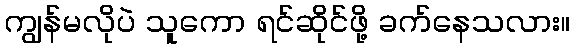
ကျွန်မလိုပဲ သူကော ရင်ဆိုင်ဖို့ ခက်နေသလား။